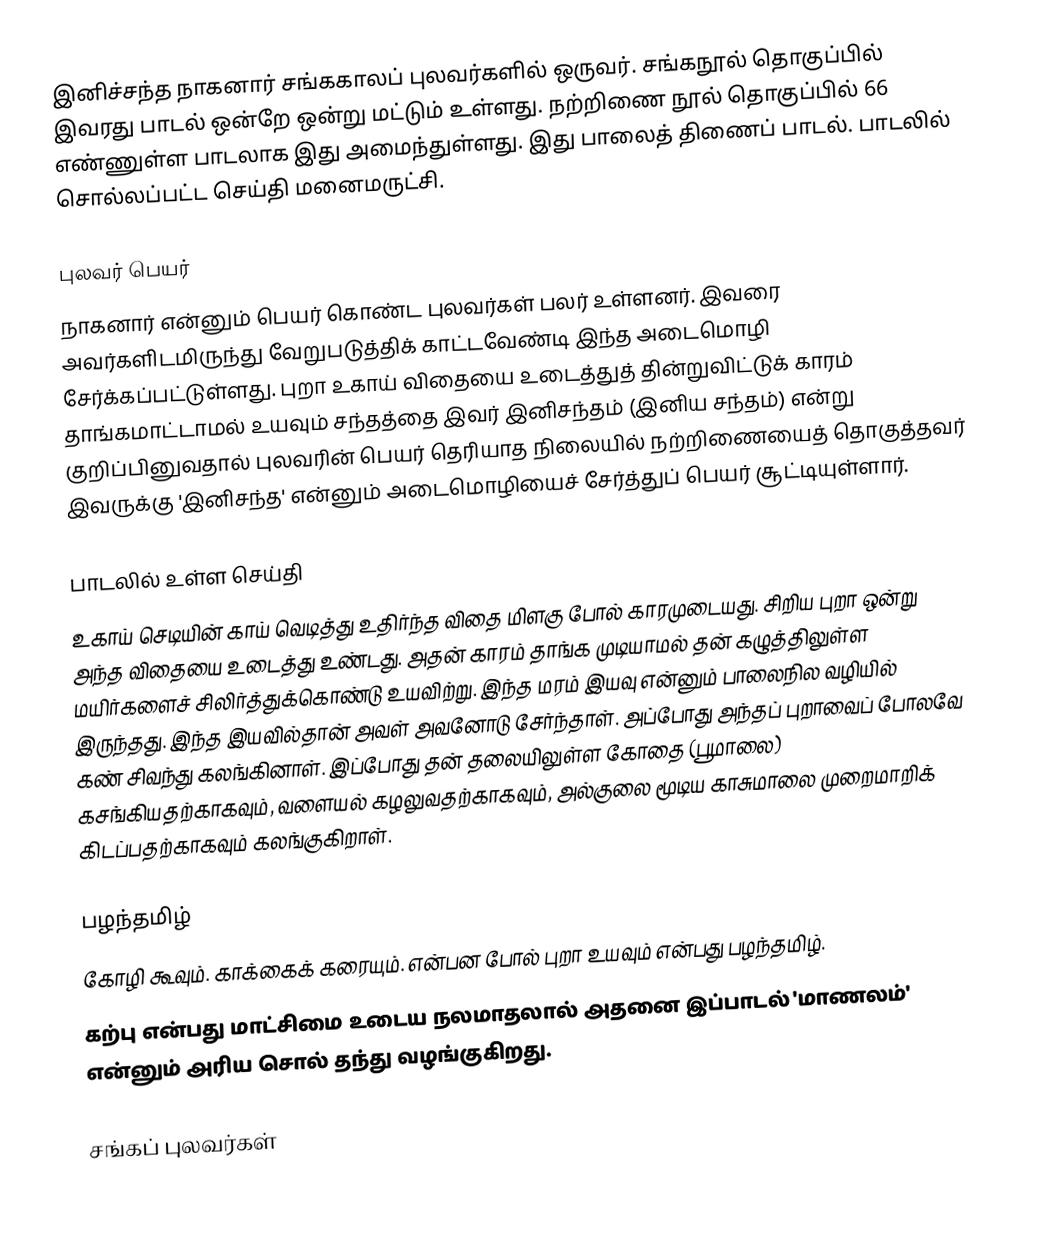
இனிச்சந்த நாகனார் சங்ககாலப் புலவர்களில் ஒருவர். சங்கநூல் தொகுப்பில் இவரது பாடல் ஒன்றே ஒன்று மட்டும் உள்ளது. நற்றிணை நூல் தொகுப்பில் 66 எண்ணுள்ள பாடலாக இது அமைந்துள்ளது. இது பாலைத் திணைப் பாடல். பாடலில் சொல்லப்பட்ட செய்தி மனைமருட்சி.

புலவர் பெயர்
நாகனார் என்னும் பெயர் கொண்ட புலவர்கள் பலர் உள்ளனர். இவரை அவர்களிடமிருந்து வேறுபடுத்திக் காட்டவேண்டி இந்த அடைமொழி சேர்க்கப்பட்டுள்ளது. புறா உகாய் விதையை உடைத்துத் தின்றுவிட்டுக் காரம் தாங்கமாட்டாமல் உயவும் சந்தத்தை இவர் இனிசந்தம் (இனிய  சந்தம்) என்று குறிப்பினுவதால் புலவரின் பெயர் தெரியாத நிலையில் நற்றிணையைத் தொகுத்தவர் இவருக்கு 'இனிசந்த' என்னும் அடைமொழியைச் சேர்த்துப் பெயர் சூட்டியுள்ளார்.

பாடலில் உள்ள செய்தி
உகாய் செடியின் காய் வெடித்து உதிர்ந்த விதை மிளகு போல் காரமுடையது. சிறிய புறா ஒன்று அந்த விதையை உடைத்து உண்டது. அதன் காரம் தாங்க முடியாமல் தன் கழுத்திலுள்ள மயிர்களைச் சிலிர்த்துக்கொண்டு உயவிற்று. இந்த மரம் இயவு என்னும் பாலைநில வழியில் இருந்தது. இந்த இயவில்தான் அவள் அவனோடு சேர்ந்தாள். அப்போது அந்தப் புறாவைப் போலவே கண் சிவந்து கலங்கினாள். இப்போது தன் தலையிலுள்ள கோதை (பூமாலை) கசங்கியதற்காகவும், வளையல் கழலுவதற்காகவும், அல்குலை மூடிய காசுமாலை முறைமாறிக் கிடப்பதற்காகவும் கலங்குகிறாள்.

பழந்தமிழ்
கோழி கூவும். காக்கைக்  கரையும். என்பன போல் புறா உயவும் என்பது பழந்தமிழ்.
கற்பு என்பது மாட்சிமை உடைய நலமாதலால் அதனை இப்பாடல் 'மாணலம்' என்னும் அரிய சொல் தந்து வழங்குகிறது.

சங்கப் புலவர்கள்